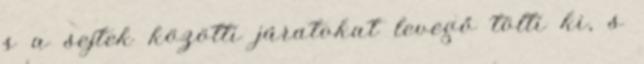
s a sejtek közötti járatokat levegő tölti ki, s